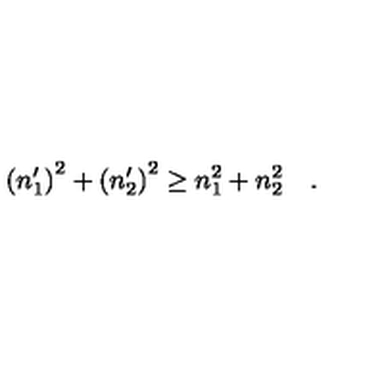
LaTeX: \left( n _ { 1 } ^ { \prime } \right) ^ { 2 } + \left( n _ { 2 } ^ { \prime } \right) ^ { 2 } \ge n _ { 1 } ^ { 2 } + n _ { 2 } ^ { 2 } \quad .